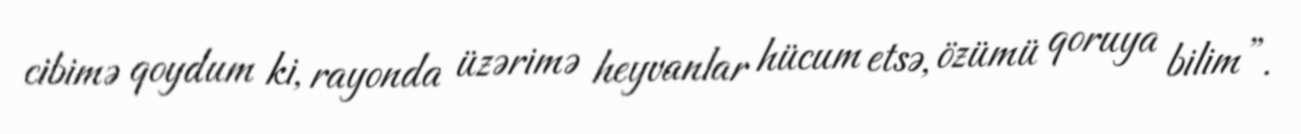
cibimə qoydum ki, rayonda üzərimə heyvanlar hücum etsə, özümü qoruya bilim”.